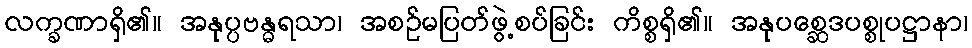
လက္ခဏာရှိ၏။ အနုပ္ပဗန္ဓရသာ၊ အစဉ်မပြတ်ဖွဲ့စပ်ခြင်း ကိစ္စရှိ၏။ အနုပစ္ဆေဒပစ္စုပဋ္ဌာနာ၊